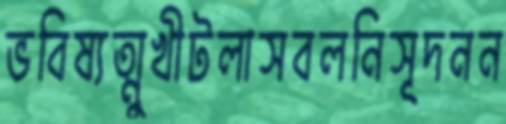
ভবিষ্যত্মুখীটলাসবলনিসূদনন